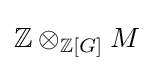
\mathbb {Z} \otimes _{\mathbb {Z} [G]}M